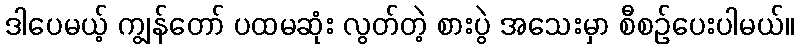
ဒါပေမယ့် ကျွန်တော် ပထမဆုံး လွတ်တဲ့ စားပွဲ အသေးမှာ စီစဉ်ပေးပါမယ်။